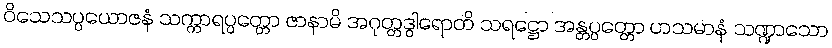
ဝိသေသပ္ပယောဇနံ သက္ကာရပ္ပတ္တော ဇာနာမိ အဂုတ္တဒွါရောတိ သရဋ္ဌော အန္တပ္ပတ္တော ဟသမာနံ သဏ္ဍာသော